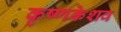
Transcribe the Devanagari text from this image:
कृष्णकेशव